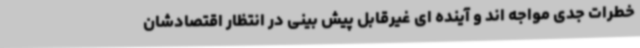
خطرات جدی مواجه اند و آینده ای غیرقابل پیش بینی در انتظار اقتصادشان